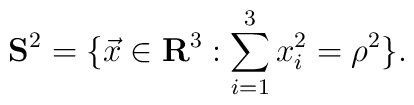
{\bf S}^2=\{\vec{x} \in {\bf R}^3: \sum_{i=1}^3 x_i^2={\rho}^2 \}.